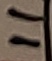
Text: 11